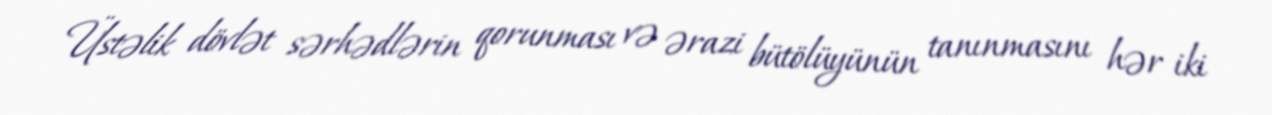
Üstəlik dövlət sərhədlərin qorunması və ərazi bütölüyünün tanınmasını hər iki